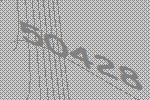
50428